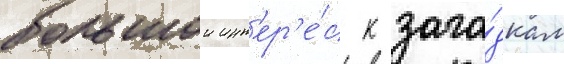
большои инт'ер'е́с к зага́дкам